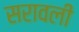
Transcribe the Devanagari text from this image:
सरावली